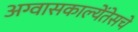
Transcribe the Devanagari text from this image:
अग्वासकाल्येंतेसचे